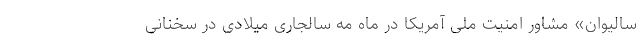
سالیوان» مشاور امنیت ملی آمریکا در ماه مه سالجاری میلادی در سخنانی